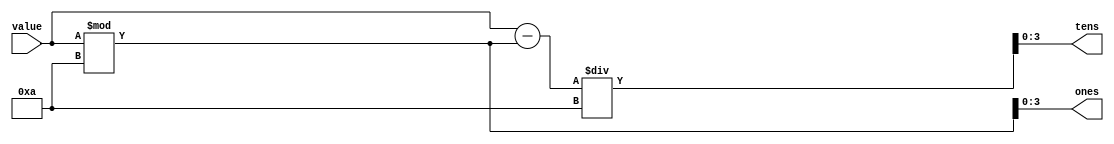
module split_value(value, ones, tens);

// Idea is to seperate the second and first digits in decimal form 
// so that I can then easily decode the two "Single Digit Numbers" 
// into two seven segment displays easily
	
	input [4 : 0] value;
	
	output reg [3 : 0] tens;
	output reg [3 : 0] ones;	
	reg holder;
	
	always @(value)
		begin
			ones = value % 10;
			tens = (value - (value % 10)) / 10;
		end
    	 
endmodule